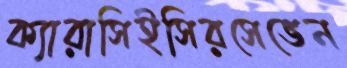
ক্যারাসিইসিরসেভেন